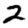
Digit: 2